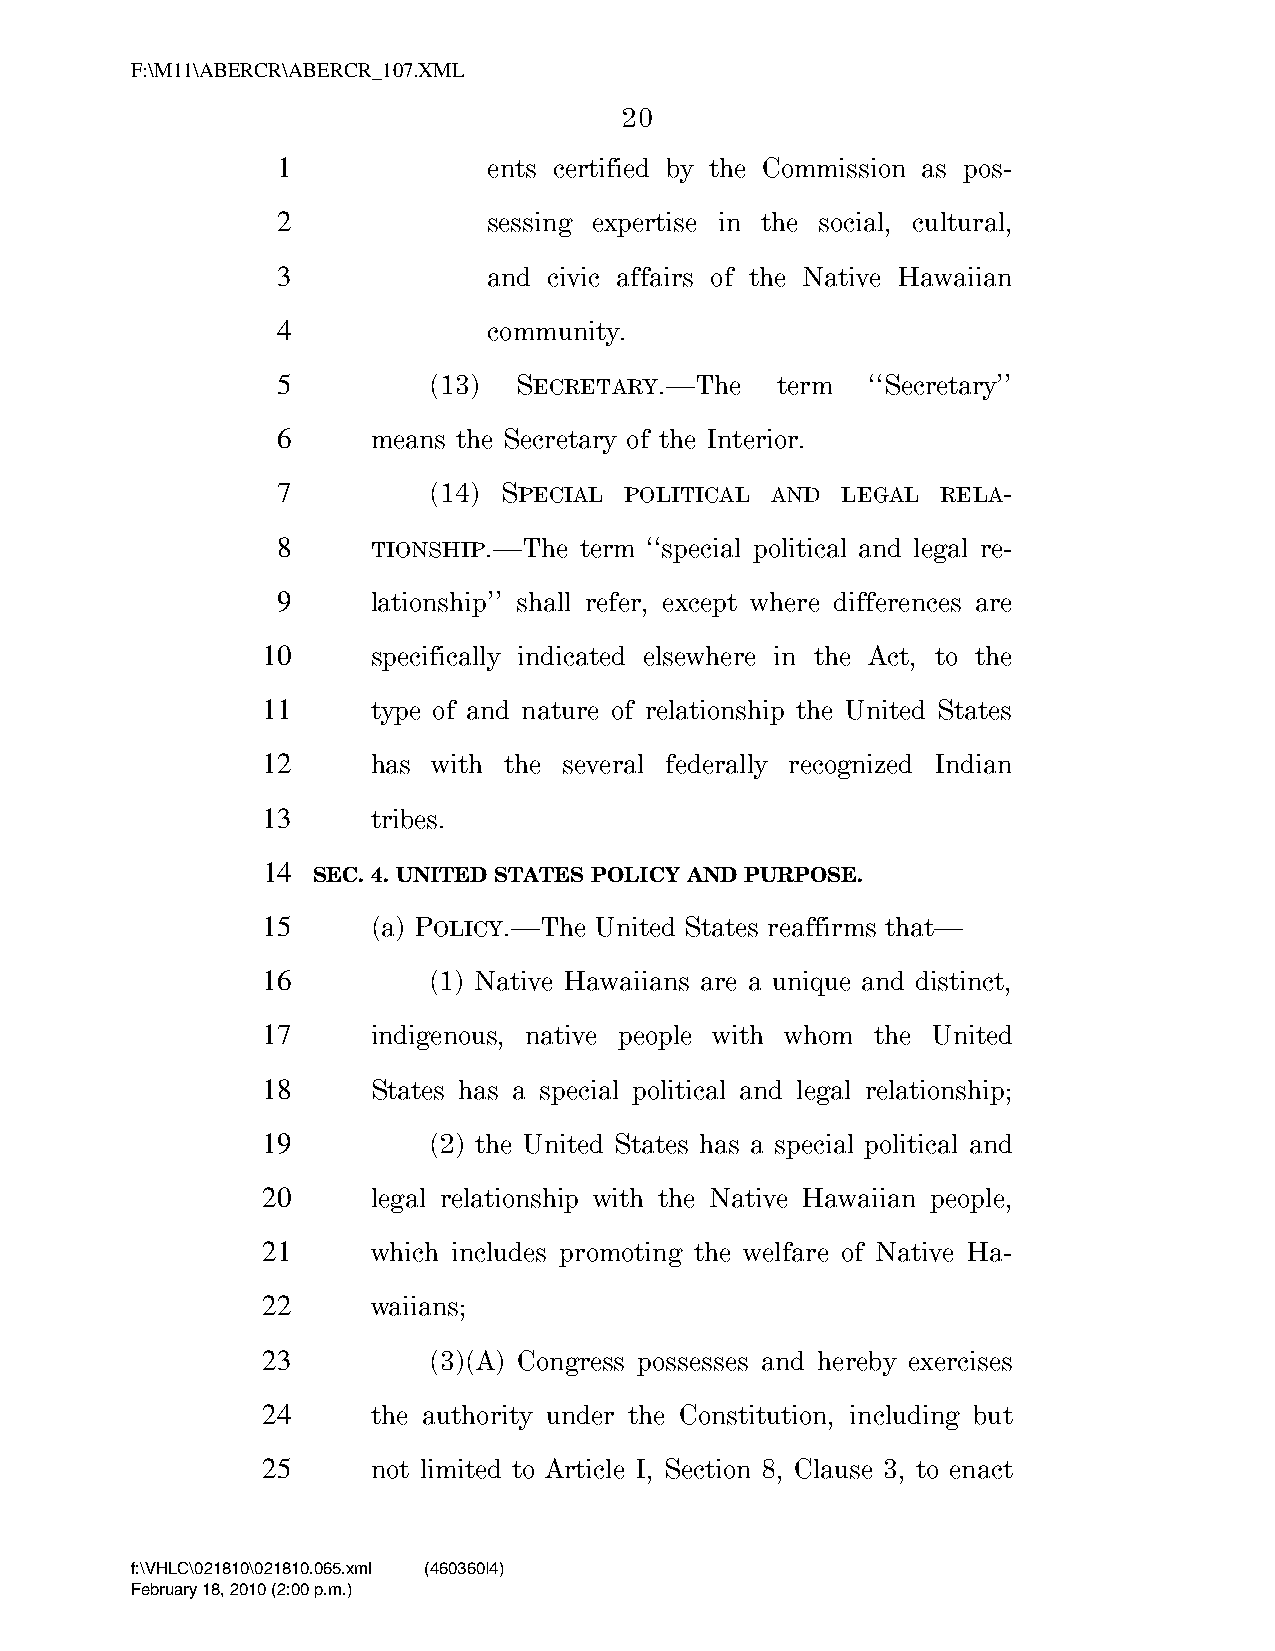
F:\M11\ABERCR\ABERCR_107.XML
 20
 1             ents certified by the Commission as pos-
 2             sessing expertise in the social, cultural,
 3             and civic affairs of the Native Hawaiian
 4             community.
 5         (13)  SECRETARY.—The   term   ‘‘Secretary’’
 6      means the Secretary of the Interior.
 7         (14) SPECIAL POLITICAL AND  LEGAL RELA-
 8      TIONSHIP.—The term ‘‘special political and legal re-
 9      lationship’’ shall refer, except where differences are
 10      specifically indicated elsewhere in the Act, to the
 11      type of and nature of relationship the United States
 12      has with the several federally recognized Indian
 13      tribes.
 14
 SEC. 4. UNITED STATES POLICY AND PURPOSE.
 15      (a) POLICY.—The United States reaffirms that—
 16         (1) Native Hawaiians are a unique and distinct,
 17      indigenous, native people with whom the United
 18      States has a special political and legal relationship;
 19         (2) the United States has a special political and
 20      legal relationship with the Native Hawaiian people,
 21      which includes promoting the welfare of Native Ha-
 22      waiians;
 23         (3)(A) Congress possesses and hereby exercises
 24      the authority under the Constitution, including but
 25      not limited to Article I, Section 8, Clause 3, to enact
 f:\VHLC\021810\021810.065.xml (460360|4)
 February 18, 2010 (2:00 p.m.)
 VerDate Nov 24 2008 14:00 Feb 18, 2010 Jkt 000000 PO 00000 Frm 00020 Fmt 6652 Sfmt 6201 C:\TEMP\ABERCR_107.XML HOLCPC